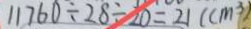
1 1 7 6 0 \div 2 8 \div 2 0 = 2 1 ( c m ^ { 3 } )